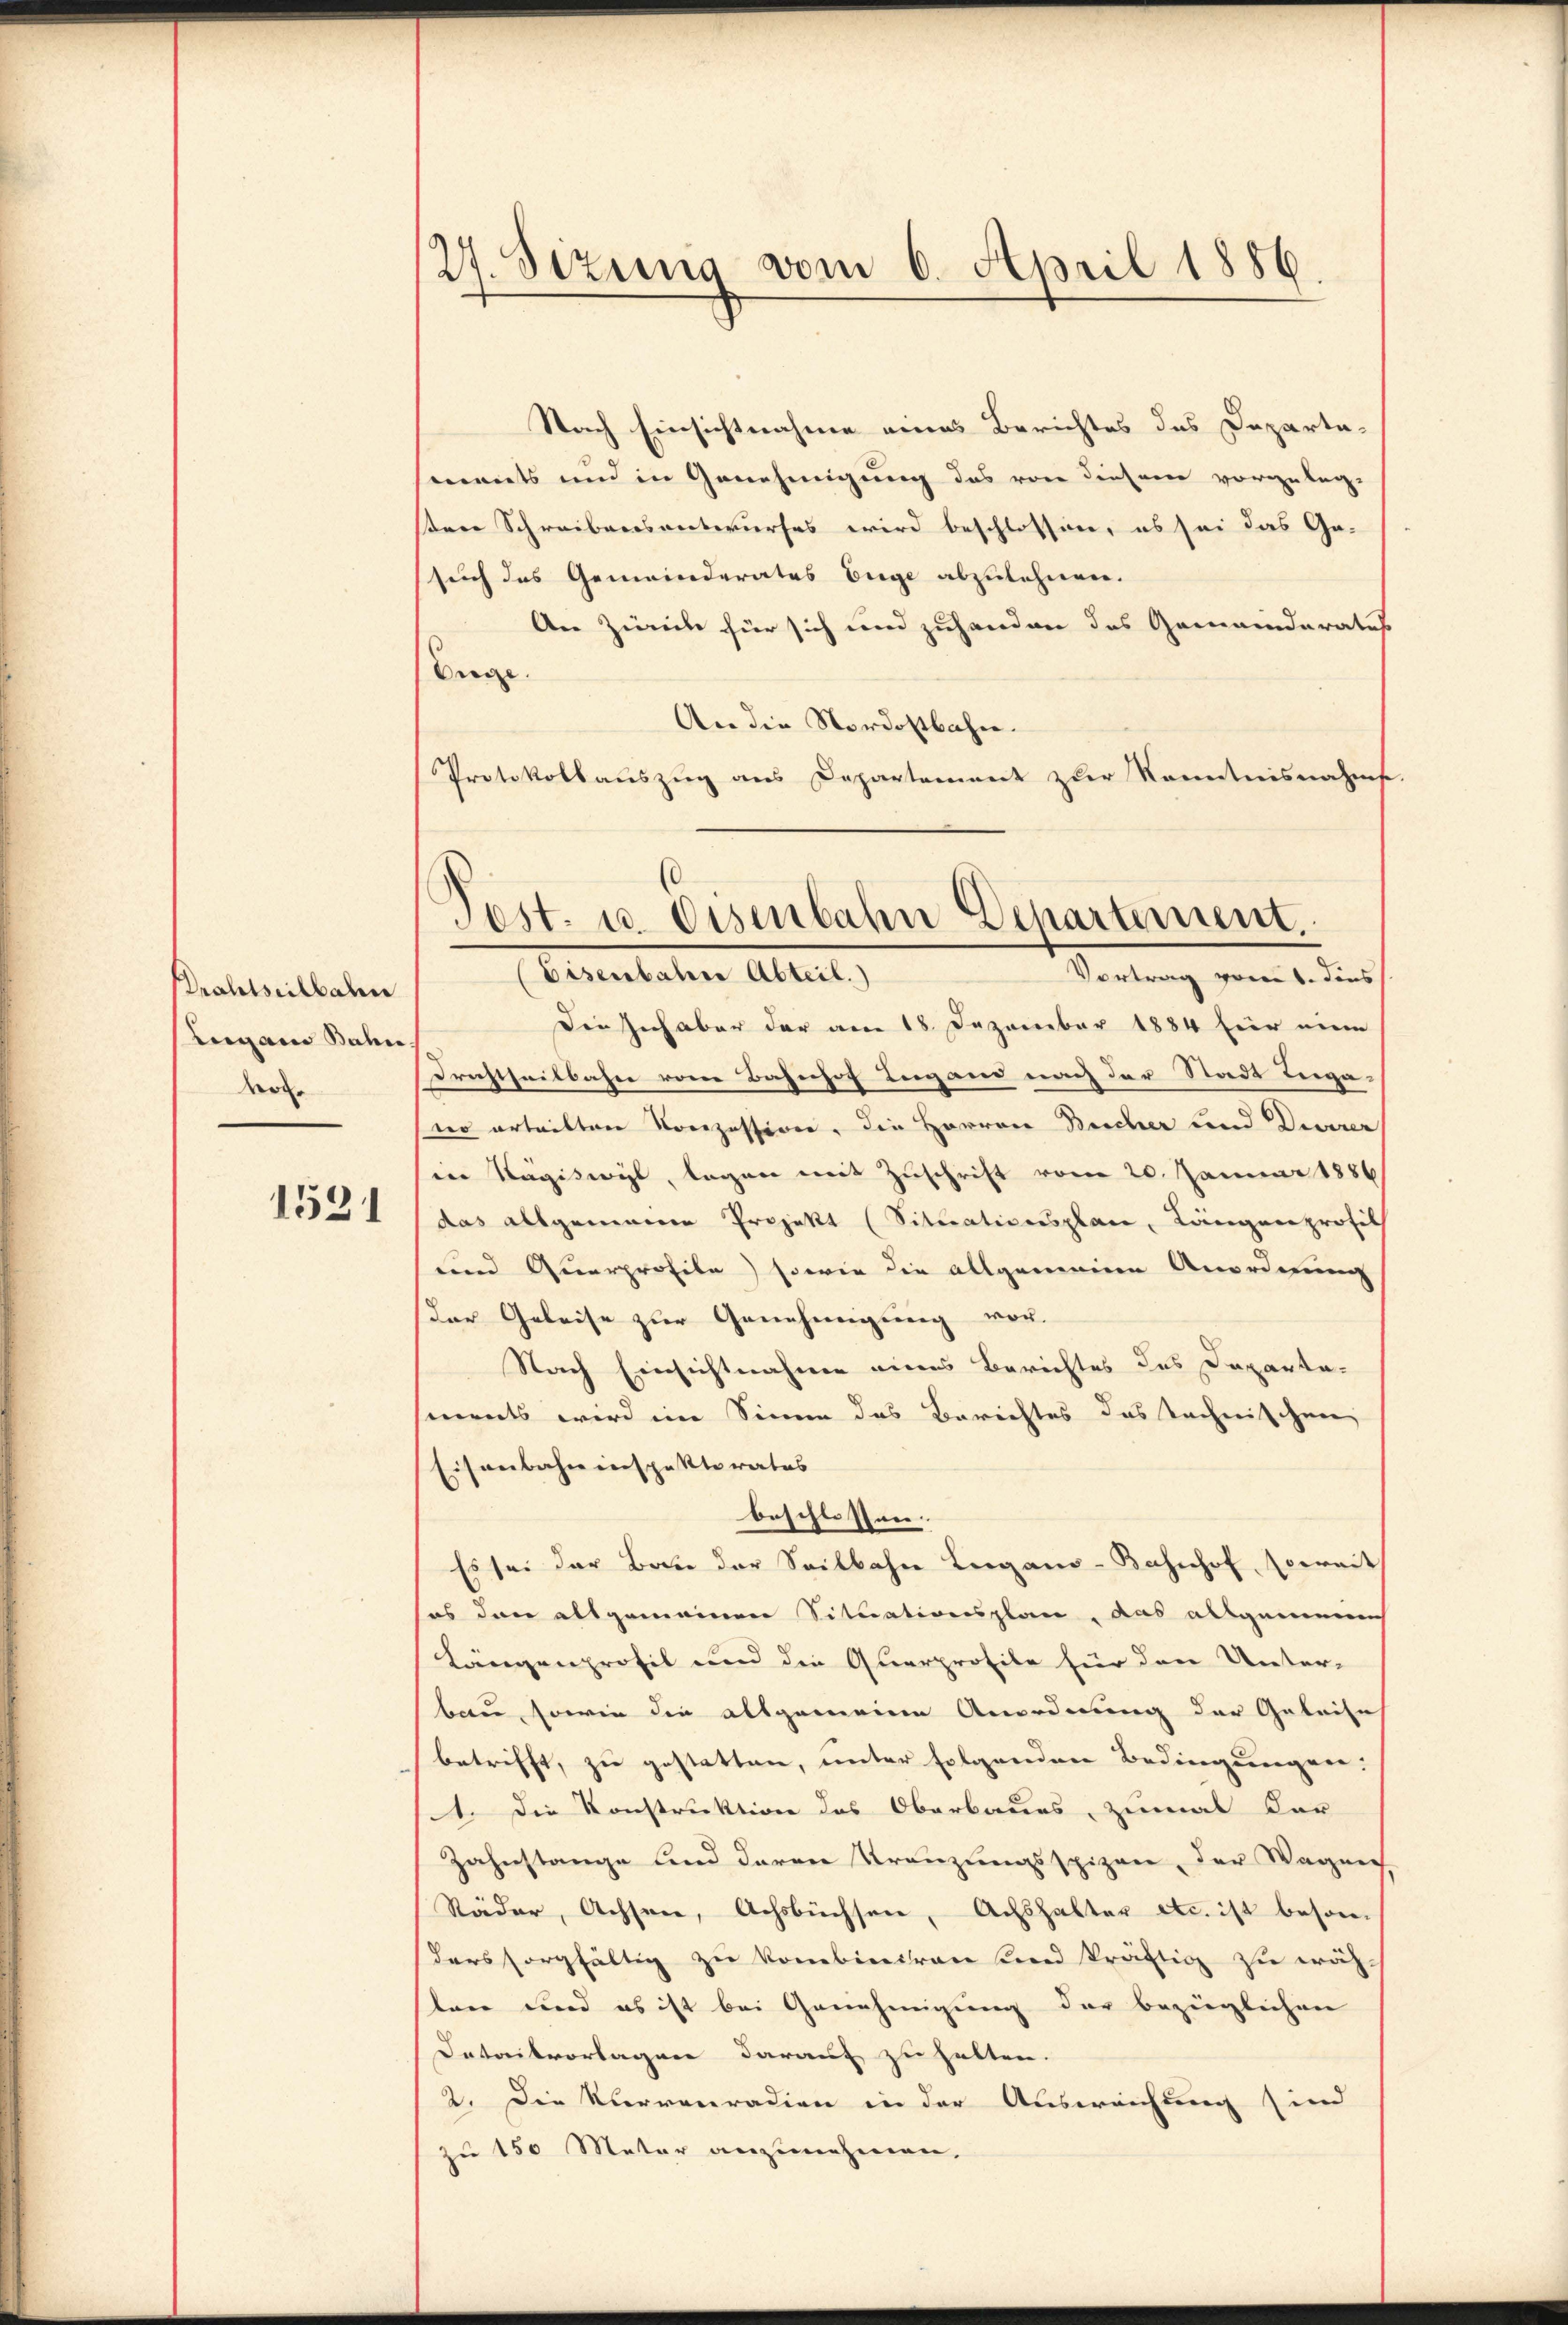
Professeilbahn
Lugano Bahn
Mol.

1531

Nach Einsichtnahme eines Berichtes des Departa-
ments und in Genehmigung das von diesem vorgeleg-
ten Schreibensuntwurfes wird beschlossen, es sei das Ge-
such das Gemeinderates Enge abzulehnen.
An Zürich für sich und zuhanden das Gemeinderatus
Enge.
An die Nordostbahn.
Protokollauszug aus Departement zur Kenntnisnahme.

27. Sitzung vom 6. April 1886

Post. u. Osenbahn Departement.

Vortrag vom 6. dies
Eisenbahre Abteil.)
Die Inhaber der am 18. Dezember 1884 für ein
Drustheilbahn vom Bahnhof begand nach der Stadt Legawo ertritter Konzession. Die Herren Bescher und Diverer
in Nägiswyl, lagen mit Zuschrift vom 20. Januar 1886
das allgemeinen Projekt (Sittrationsplan, Längerprofit
und Querprofile) sowie die allgemeine Anordnung
(der Geleise zur Genehmigung vor.
Nach Einsichtnahmen eines Berichtes des Departa-
ments wird im Sinne das Berichtes das Technischen
Eisenbahn inspektorates
beschlossen.
Es sei der Bau der Seilbahn Leegano-Bahnhof, serait
sos dann allgemeinen Situationsplan, das allgemeine
Längenprofil und die Querprofile für den Unter-
bau, sowie die allgemeine Anordnung der Geleise
betrifft, zu gestatten, unter folgenden Bedingungen:
1. Die Konstruktion das Oberbaues, zumal der
Zahnstange und deren Kränzungsspizen, der Wagne
Säder, Achsen, Achsbüchsen, Achshalter etc. ist beson-
ders sorgfältig zu kombiniren sind kräftig zu wäh-
ten und es ist bei Genehmigung der bezüglichen
Datailvorlagen darauf zu halten.
2. Die Verreuradien in der Ausweichung sind
zu 150 Meter anzunehmen.